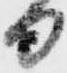
日